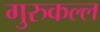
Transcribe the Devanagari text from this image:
गुरुकल्ल